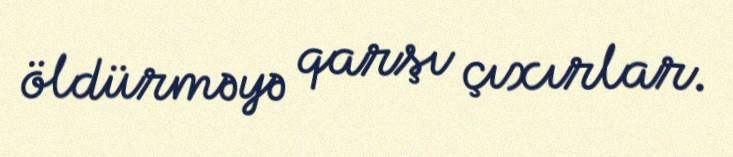
öldürməyə qarşı çıxırlar.